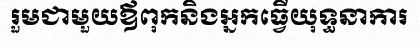
រួមជាមួយឪពុកនិងអ្នកធ្វើយុទ្ធនាការ